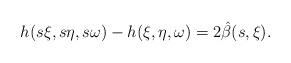
LaTeX: \begin{align*} h(s \xi,s \eta,s \omega)-h(\xi,\eta,\omega)=2\hat\beta(s,\xi).\end{align*}